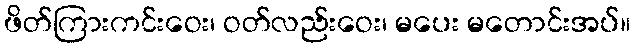
ဖိတ်ကြားကင်းဝေး၊ ဝတ်လည်းဝေး၊ မပေး မတောင်းအပ်။